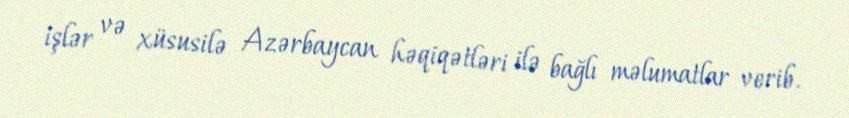
işlər və xüsusilə Azərbaycan həqiqətləri ilə bağlı məlumatlar verib.